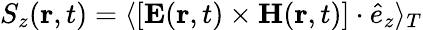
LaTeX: S_{z}({\mathbf r,t})=\langle[{\mathbf E}({\mathbf r,t})\times{\mathbf H}({\mathbf r,t})]\cdot\hat{e}_{z}\rangle_{T}